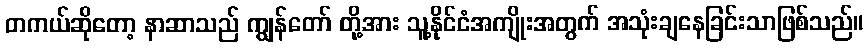
တကယ်ဆိုတော့ နာဆာသည် ကျွန်တော် တို့အား သူ့နိုင်ငံအကျိုးအတွက် အသုံးချနေခြင်းသာဖြစ်သည်။